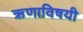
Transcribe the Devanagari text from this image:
ऋणाविषयी